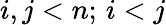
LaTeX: i,j<n;\, i<j